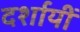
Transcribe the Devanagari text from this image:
दर्शायीं